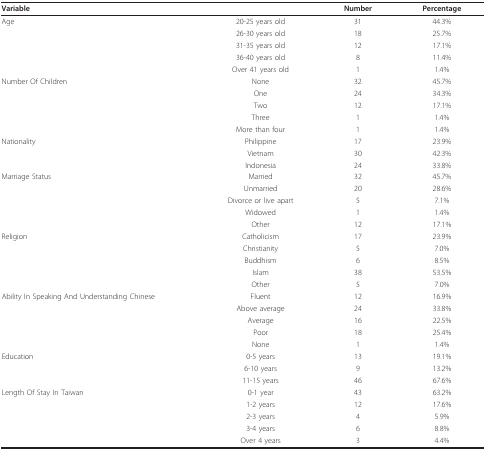
<table><thead><tr><td><b>Variable</b></td><td></td><td><b>Number</b></td><td><b>Percentage</b></td></tr></thead><tbody><tr><td>Age</td><td>20-25 years old</td><td>31</td><td>44.3%</td></tr><tr><td></td><td>26-30 years old</td><td>18</td><td>25.7%</td></tr><tr><td></td><td>31-35 years old</td><td>12</td><td>17.1%</td></tr><tr><td></td><td>36-40 years old</td><td>8</td><td>11.4%</td></tr><tr><td></td><td>Over 41 years old</td><td>1</td><td>1.4%</td></tr><tr><td>Number Of Children</td><td>None</td><td>32</td><td>45.7%</td></tr><tr><td></td><td>One</td><td>24</td><td>34.3%</td></tr><tr><td></td><td>Two</td><td>12</td><td>17.1%</td></tr><tr><td></td><td>Three</td><td>1</td><td>1.4%</td></tr><tr><td></td><td>More than four</td><td>1</td><td>1.4%</td></tr><tr><td>Nationality</td><td>Philippine</td><td>17</td><td>23.9%</td></tr><tr><td></td><td>Vietnam</td><td>30</td><td>42.3%</td></tr><tr><td></td><td>Indonesia</td><td>24</td><td>33.8%</td></tr><tr><td>Marriage Status</td><td>Married</td><td>32</td><td>45.7%</td></tr><tr><td></td><td>Unmarried</td><td>20</td><td>28.6%</td></tr><tr><td></td><td>Divorce or live apart</td><td>5</td><td>7.1%</td></tr><tr><td></td><td>Widowed</td><td>1</td><td>1.4%</td></tr><tr><td></td><td>Other</td><td>12</td><td>17.1%</td></tr><tr><td>Religion</td><td>Catholicism</td><td>17</td><td>23.9%</td></tr><tr><td></td><td>Christianity</td><td>5</td><td>7.0%</td></tr><tr><td></td><td>Buddhism</td><td>6</td><td>8.5%</td></tr><tr><td></td><td>Islam</td><td>38</td><td>53.5%</td></tr><tr><td></td><td>Other</td><td>5</td><td>7.0%</td></tr><tr><td>Ability In Speaking And Understanding Chinese</td><td>Fluent</td><td>12</td><td>16.9%</td></tr><tr><td></td><td>Above average</td><td>24</td><td>33.8%</td></tr><tr><td></td><td>Average</td><td>16</td><td>22.5%</td></tr><tr><td></td><td>Poor</td><td>18</td><td>25.4%</td></tr><tr><td></td><td>None</td><td>1</td><td>1.4%</td></tr><tr><td>Education</td><td>0-5 years</td><td>13</td><td>19.1%</td></tr><tr><td></td><td>6-10 years</td><td>9</td><td>13.2%</td></tr><tr><td></td><td>11-15 years</td><td>46</td><td>67.6%</td></tr><tr><td>Length Of Stay In Taiwan</td><td>0-1 year</td><td>43</td><td>63.2%</td></tr><tr><td></td><td>1-2 years</td><td>12</td><td>17.6%</td></tr><tr><td></td><td>2-3 years</td><td>4</td><td>5.9%</td></tr><tr><td></td><td>3-4 years</td><td>6</td><td>8.8%</td></tr><tr><td></td><td>Over 4 years</td><td>3</td><td>4.4%</td></tr></tbody></table>